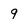
Character: 9